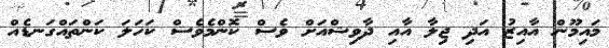
މައިމޫން އާއިޒު އަދި ޖިލާ އާއި ދާވިޝްއަށް ވެސް ކޮންމެވެސް ކަހަލަ ކަންތައްގަނޑެއް